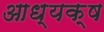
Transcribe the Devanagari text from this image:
आध्यक्ष